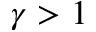
\gamma > 1